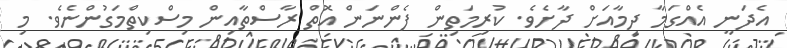
އެދަނީ އެއްގަމާ ދިމާއަށް ދާށެވެ. ކުރިމަތިން ފެންނަން އޮތް ރާސްތާއިން މިސްކިތްމަގުންނެވެ. މި